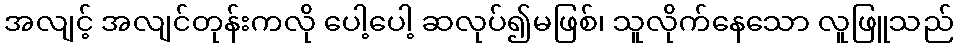
အလျင့် အလျင်တုန်းကလို ပေါ့ပေါ့ ဆလုပ်၍မဖြစ်၊ သူလိုက်နေသော လူဖြူသည်